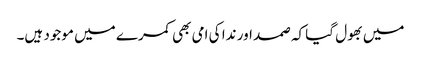
میں بھول گیا کہ صمد اور ندا کی امی بھی کمرے میں موجود ہیں۔